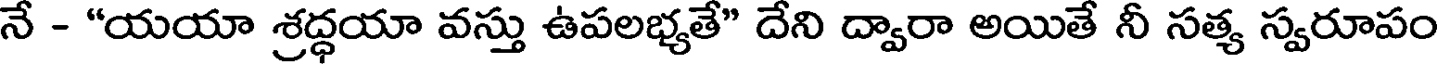
నే - "యయా శ్రద్ధయా వస్తు ఉపలభ్యతే" దేని ద్వారా అయితే నీ సత్య స్వరూపం